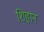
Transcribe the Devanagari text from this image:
शिहान